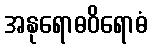
အနုရောဓဝိရောဓံ